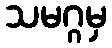
သမဂ္ဂမှ